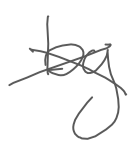
Text: by
Cross-out: cross
Writing tool: digital_gray